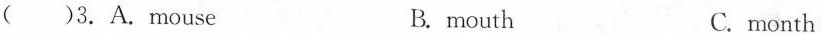
( )3.A.mouse B. mouth C.month